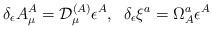
LaTeX: \begin{align*}\delta_\epsilon A^A_{\mu} = {\cal D}^{(A)}_{\mu} \epsilon^A, \; \;\delta_\epsilon \xi^a = \Omega^a_A \epsilon^A\end{align*}